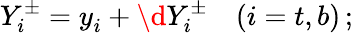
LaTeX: Y_{i}^{\pm}=y_{i}^{}+\d Y_{i}^{\pm}\quad(i=t,b)\, ;